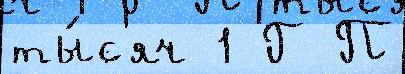
ты́с'яч 1 Г П